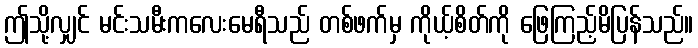
ဤသို့လျှင် မင်းသမီးကလေးမေရီသည် တစ်ဖက်မှ ကိုယ့်စိတ်ကို ဖြေကြည့်မိပြန်သည်။